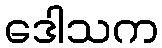
ဒေါသက